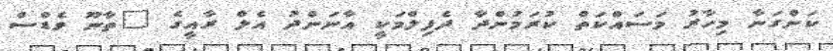
ކަންގަނާ މިހާރު މަސައްކަތް ކުރަމުންދާ ދެފިލްމަކީ އާނަންދު އެލް ރާއީގެ "ތާނޫ ވެޑްސް